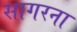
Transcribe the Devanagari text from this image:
सागरना